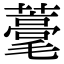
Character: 𦿗